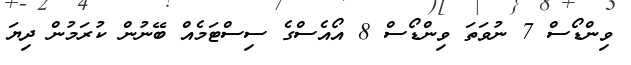
ވިންޑޯސް 7 ނުވަތަ ވިންޑޯސް 8 އޯއެސްގެ ސިސްޓަމެއް ބޭނުން ކުރަމުން ދިޔަ